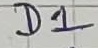
Text: D1